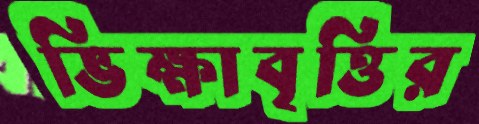
ভিক্ষাবৃত্তির